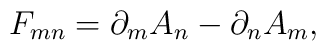
F_{mn} = \partial_{m}A_n - \partial_{n}A_m,